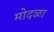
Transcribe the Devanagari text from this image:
मोदळा